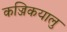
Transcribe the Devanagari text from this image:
कज्जिकयालु